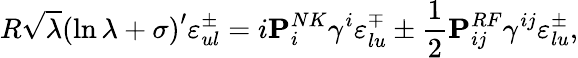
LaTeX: R\sqrt{\lambda}\left(\ln{\lambda}+\sigma\right)^{\prime}\varepsilon_{ul}^{\pm}=i{\mathbf P}_{i}^{NK}\gamma^{i}\varepsilon_{lu}^{\mp}\pm{\frac{1}{2}}{\mathbf P}_{ij}^{RF}\gamma^{ij}\varepsilon_{lu}^{\pm},